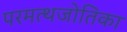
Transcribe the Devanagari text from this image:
परमत्थजोतिका